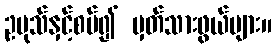
ဥပုသ်နှင့်စပ်၍ မှတ်သားဖွယ်များ။